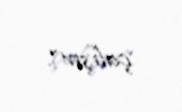
çalışır”.